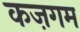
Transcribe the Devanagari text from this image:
कज़गम